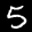
Label: 5